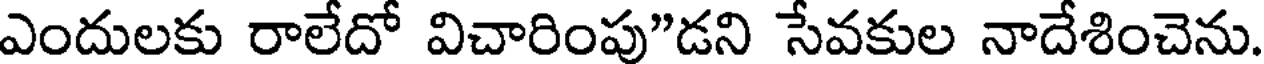
ఎందులకు రాలేదో విచారింపు"డని సేవకుల నాదేశించెను